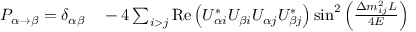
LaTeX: \begin{array} { r l } { P _ { \alpha \rightarrow \beta } = \delta _ { \alpha \beta } } & { { } { } - 4 \sum _ { i > j } \mathrm { { R e } } \left( U _ { \alpha i } ^ { * } U _ { \beta i } U _ { \alpha j } U _ { \beta j } ^ { * } \right) \sin ^ { 2 } \left( { \frac { \Delta m _ { i j } ^ { 2 } L } { 4 E } } \right) } \end{array}